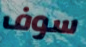
سوف